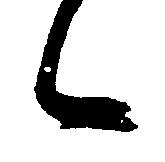
候